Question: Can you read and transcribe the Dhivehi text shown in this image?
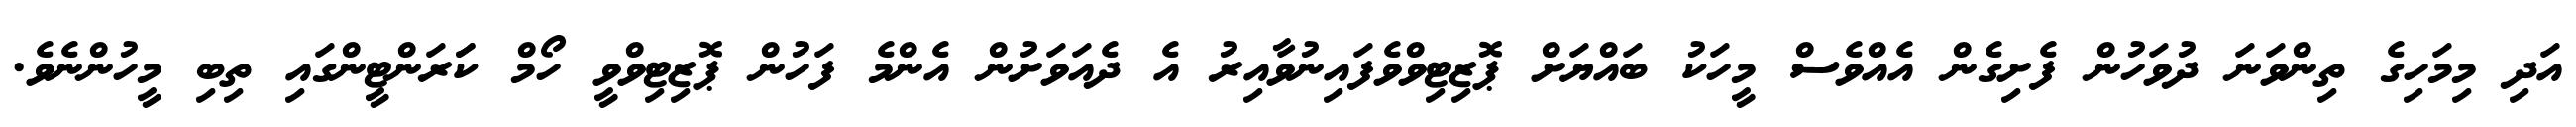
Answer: އަދި މިމަހިގެ ތިންވަނަ ދުވަހުން ފެށިގެން އެއްވެސް މީހަކު ބައްޔަށް ޕޮޒިޓިވްވެފައިނުވާއިރު އެ ދެއަވަށުން އެންމެ ފަހުން ޕޮޒިޓިވްވީ ހޯމް ކަަރަންޓީންގައި ތިބި މީހުންނެވެ.